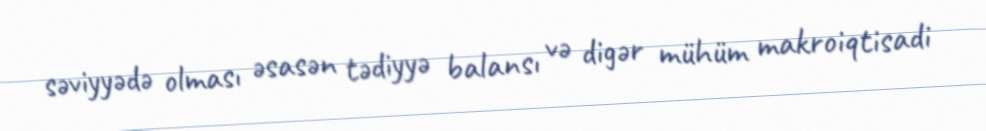
səviyyədə olması əsasən tədiyyə balansı və digər mühüm makroiqtisadi